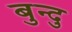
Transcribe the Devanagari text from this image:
बुन्दु